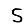
Digit: 5